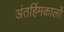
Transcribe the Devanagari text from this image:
अंतर्हिमकालों